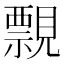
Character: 𧢄